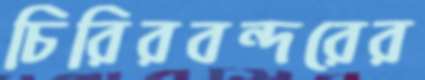
চিরিরবন্দরের